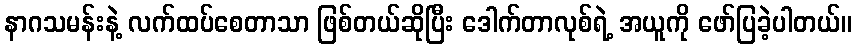
နာဂသမန်းနဲ့ လက်ထပ်စေတာသာ ဖြစ်တယ်ဆိုပြီး ဒေါက်တာလုစ်ရဲ့ အယူကို ဖော်ပြခဲ့ပါတယ်။